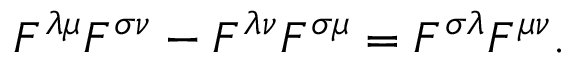
F ^ { \lambda \mu } F ^ { \sigma \nu } - F ^ { \lambda \nu } F ^ { \sigma \mu } = F ^ { \sigma \lambda } F ^ { \mu \nu } .